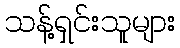
သန့်ရှင်းသူများ